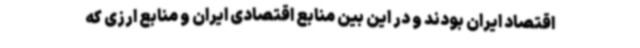
اقتصاد ایران بودند و در این بین منابع اقتصادی ایران و منابع ارزی که